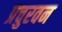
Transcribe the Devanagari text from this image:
प्रचुरवन